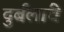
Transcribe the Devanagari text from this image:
दुर्बलांचे